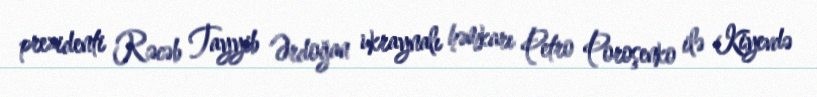
prezidenti Rəcəb Tayyib Ərdoğan ukraynalı həmkarı Petro Poroşenko ilə Kiyevdə